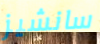
سانشيز